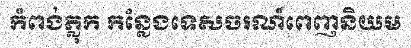
កំពង់ភ្លុក កន្លែងទេសចរណ៍ពេញនិយម